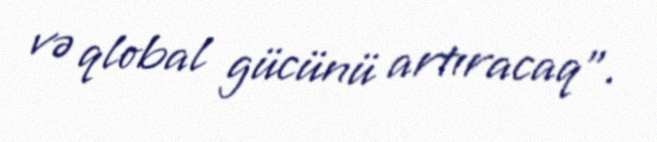
və qlobal gücünü artıracaq”.